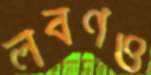
লবণও